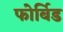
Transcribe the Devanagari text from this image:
फोर्बिड